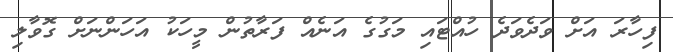
ފިހާރަ އަށް ވަދެވަދެ ހުއްޓައި މަގުގެ އަނެއް ފަރާތުން މީހަކު އަހަންނަށް ގޮވާލި